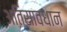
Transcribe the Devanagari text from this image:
अतिसावधान